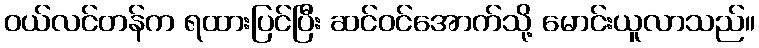
ဝယ်လင်တန်က ရထားပြင်ပြီး ဆင်ဝင်အောက်သို့ မောင်းယူလာသည်။